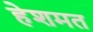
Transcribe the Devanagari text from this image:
हेशमत